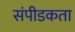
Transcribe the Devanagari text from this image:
संपीडकता